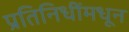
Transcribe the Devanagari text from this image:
प्रतिनिधींमधून